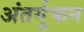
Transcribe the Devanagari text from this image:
अंतर्गुफन